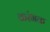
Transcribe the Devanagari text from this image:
करंभक